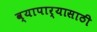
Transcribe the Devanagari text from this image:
व्यापार्‍यासाठी